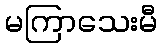
မကြာသေးမီ